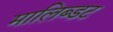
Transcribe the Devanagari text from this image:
मालिब्डट